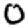
Digit: 0